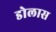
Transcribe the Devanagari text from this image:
डोलास